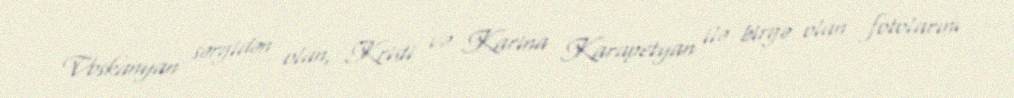
Voskanyan sərgidən olan, Kristi və Karina Karapetyan ilə birgə olan fotolarını